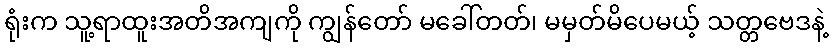
ရုံးက သူ့ရာထူးအတိအကျကို ကျွန်တော် မခေါ်တတ်၊ မမှတ်မိပေမယ့် သတ္တဗေဒနဲ့